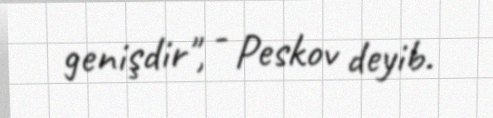
genişdir", - Peskov deyib.